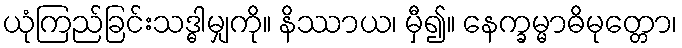
ယုံကြည်ခြင်းသဒ္ဓါမျှကို။ နိဿာယ၊ မှီ၍။ နေက္ခမ္မာဓိမုတ္တော၊